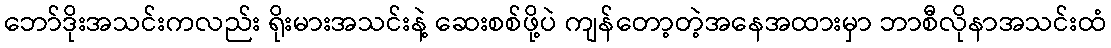
ဘော်ဒိုးအသင်းကလည်း ရိုးမားအသင်းနဲ့ ဆေးစစ်ဖို့ပဲ ကျန်တော့တဲ့အနေအထားမှာ ဘာစီလိုနာအသင်းထံ